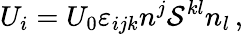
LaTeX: U_{i}=U_{0}\varepsilon_{ijk}n^{j}{\cal S}^{kl}n_{l}\, ,